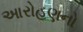
આરોહણનો